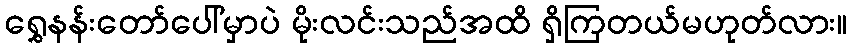
ရွှေနန်းတော်ပေါ်မှာပဲ မိုးလင်းသည်အထိ ရှိကြတယ်မဟုတ်လား။